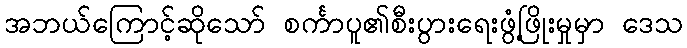
အဘယ်ကြောင့်ဆိုသော် စင်္ကာပူ၏စီးပွားရေးဖွံ့ဖြိုးမှုမှာ ဒေသ